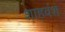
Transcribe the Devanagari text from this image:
शाहवंश